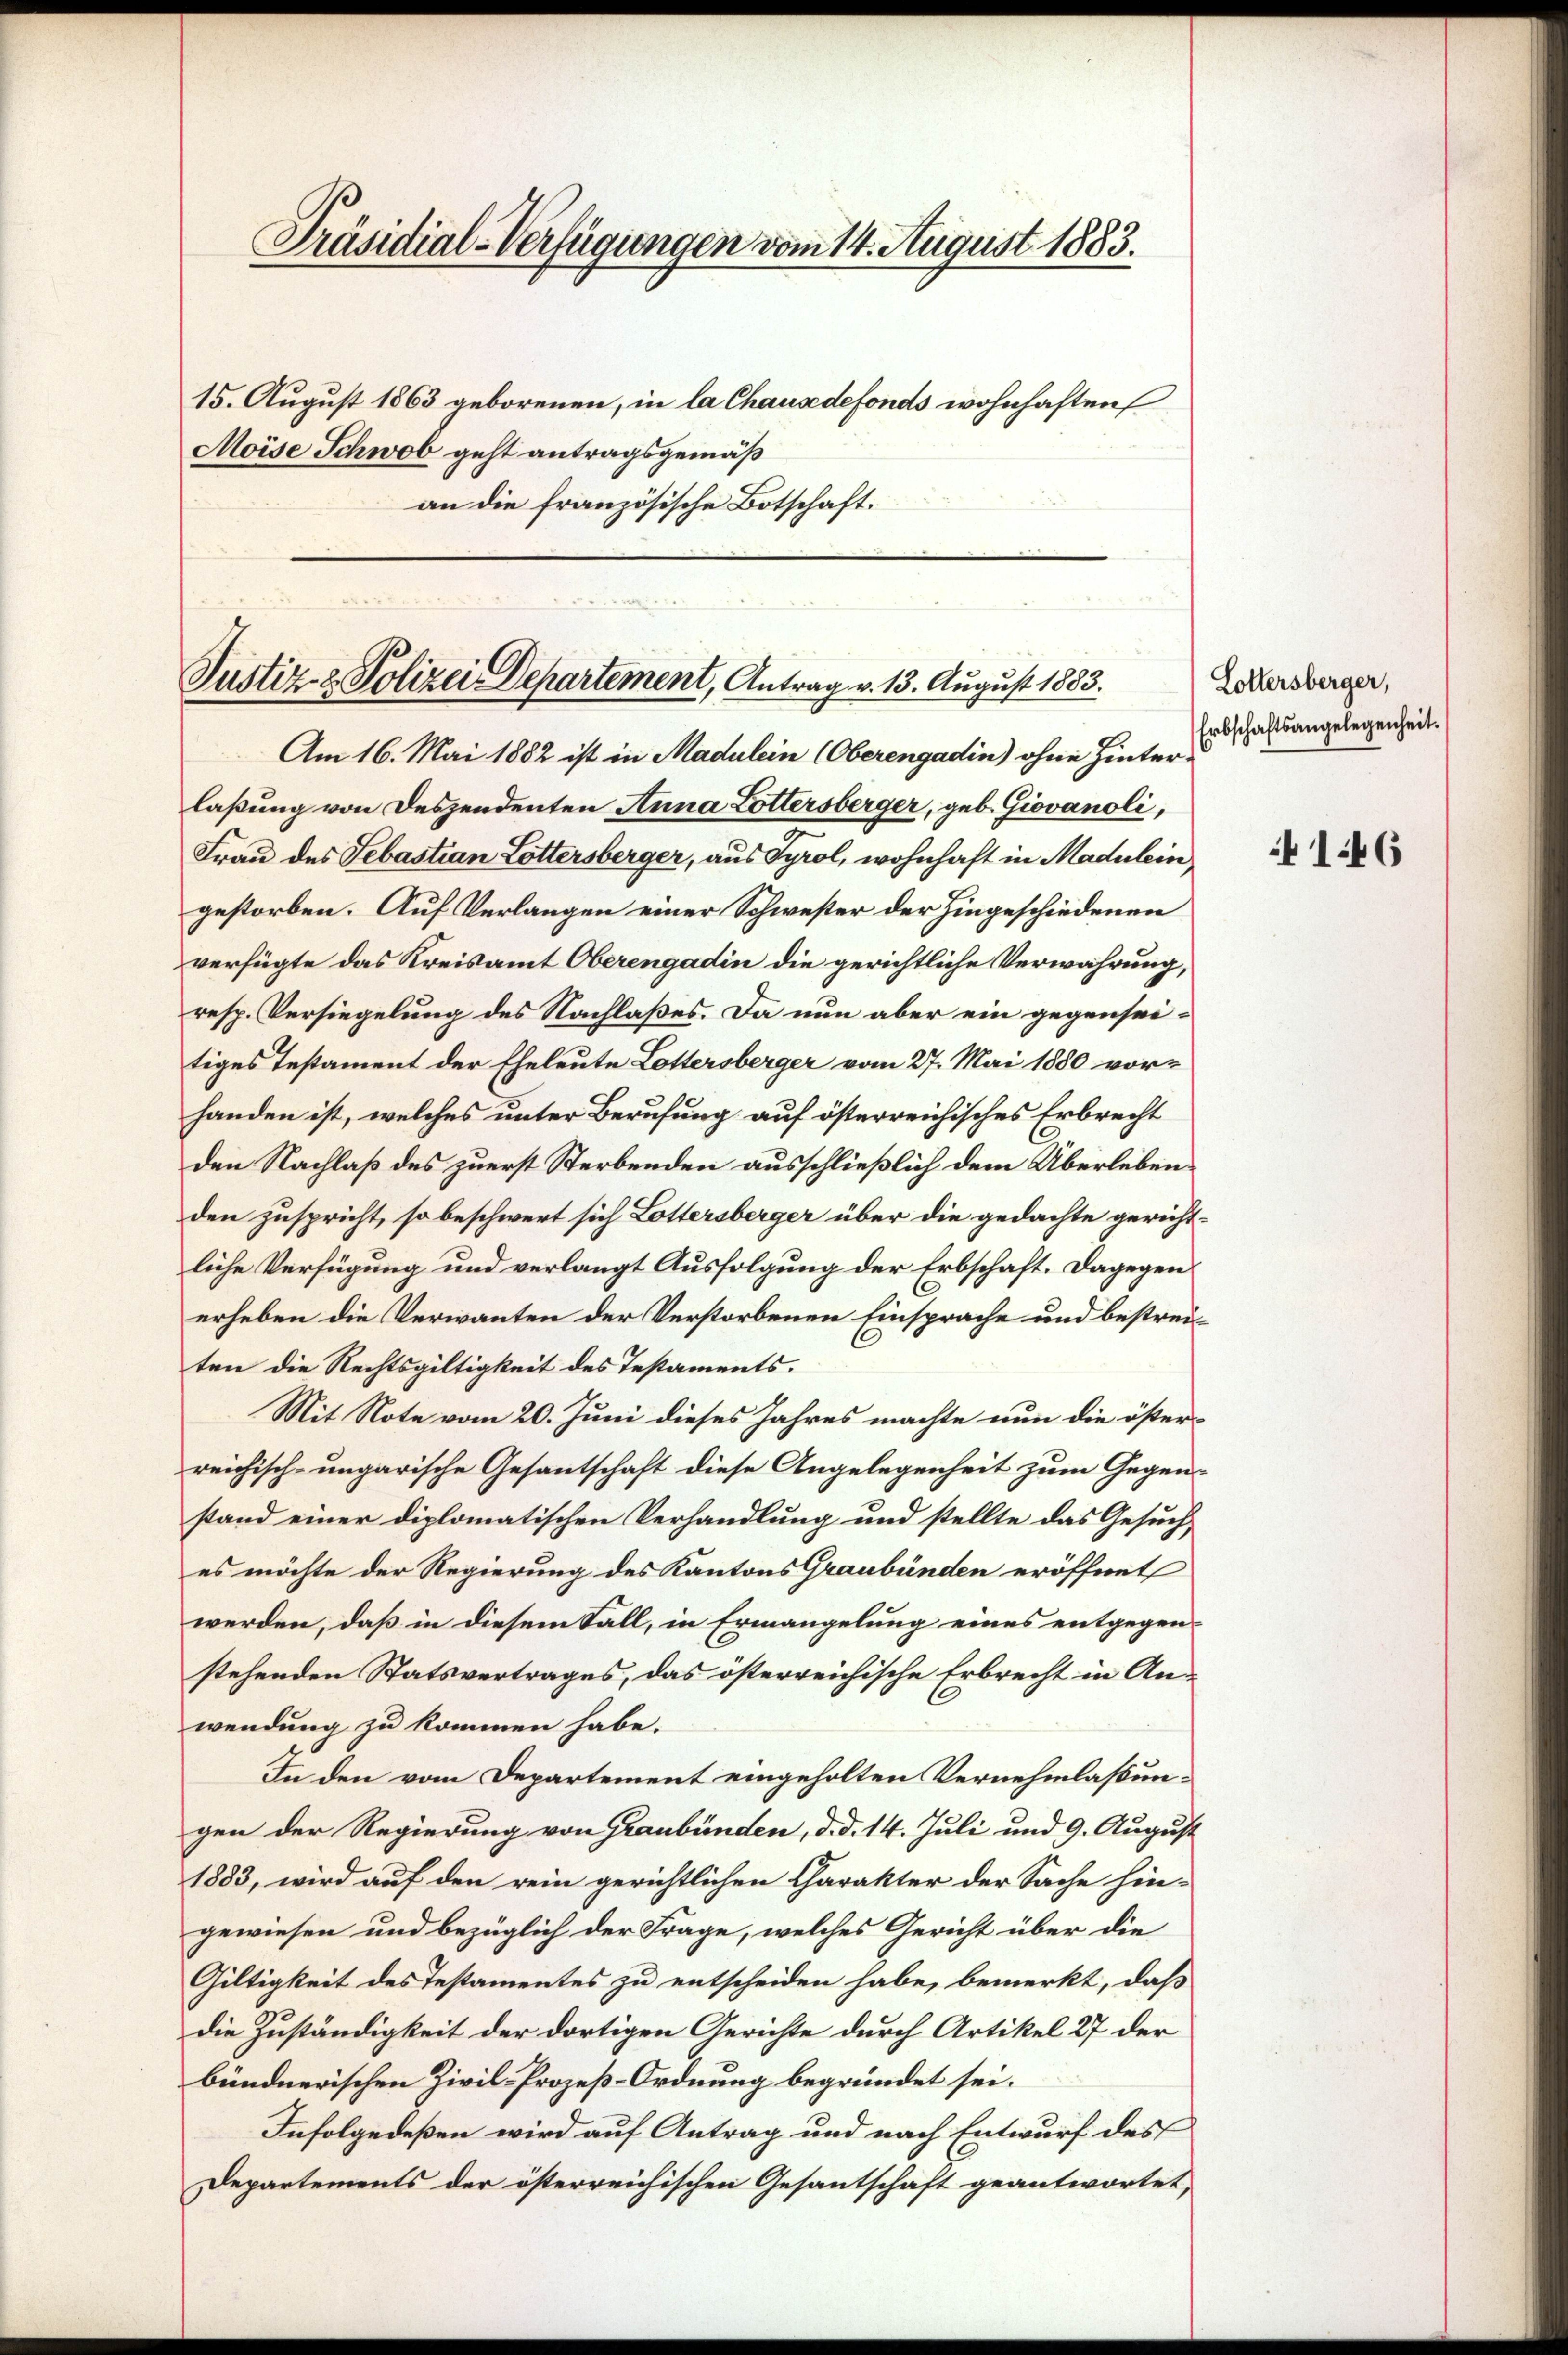
Präsidial-Verfügungen vom 14. August 1883.
15. August 1863 geborenen, in la Chausedefonds wohnhaften
Moise Schwob geht antragsgemäß
an die französische Botschaft.

Am 16. Mai 1882 ist in Madulein (Oberengadin) ohne Hinter-
laßung von Deszendenten Anna Lottersberger, geb. Giovanoli,
Frau des Sebastian Lottersberger, aus Tyrol, wohnhaft in Madulein,
gestorben. Auf Verlangen einer Schwester der Hingeschiedenen
verfügte das Kreisamt Oberengadin die gerichtliche Verwahrung,
resp. Versiegelung des Nachlaßes. Da nun aber ein gegenseitiges Testament der Eheleute Lottersberger vom 27. Mai 1880 vorhanden ist, welches unter Berufung auf österreichisches Erbrecht
den Nachlaß des zuerst Sterbenden ausschließlich dem Überlebenden zuspricht, so beschwert sich Lottersberger über die gedachte gerichtliche Verfügung und verlangt Ausfolgung der Erbschaft. Dagegen
erheben die Verwanten der Verstorbenen Einsprache und bestreiten die Rechtsgültigkeit des Testaments.
Mit Note vom 20. Juni dieses Jahres machte nun die österreichisch-ungarische Gesantschaft diese Angelegenheit zum Gegen-
stand einer diplomatischen Verhandlung und stellte das Gesuch,
es möchte der Regierung des Kantons Graubünden eröffnet
werden, daß in diesem Fall, in Ermangelung eines entgegenstehenden Statsvertrages, das österreichische Erbrecht in Anwendung zu kommen habe.
In den vom Departement eingeholten Vernehmlassungen der Regierung von Graubünden, d. d. 14. Juli und 9. August
1883, wird auf den rein gerichtlichen Charakter der Sache hingewiesen und bezüglich der Frage, welches Gericht über die
Giltigkeit des Testamentes zu entscheiden habe, bemerkt, daß
die Zuständigkeit der dortigen Gerichte durch Artikel 27 der
bündnerischen Zivil-Prozeß-Ordnung begründet sei.
Infolgedeßen wird auf Antrag und nach Entwurf des
Departements der österreichischen Gesantschaft geantwortet,

Justiz- & Polizei Departement, Antrag v. 13. August 1883.

Lottersberger,
Erbschaftsangelegenheit.

41:46